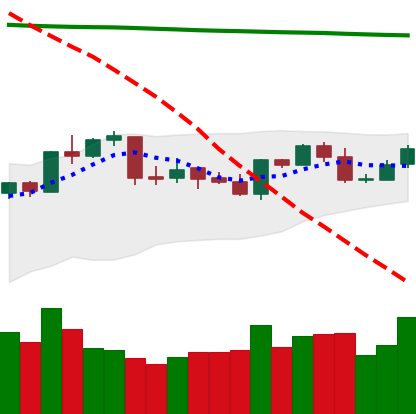
Ticker: NEO-USD
Chart end date: 2020-04-23
Forward return: 9.209%
Label: up_7plus